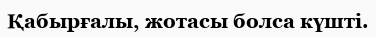
Қабырғалы, жотасы болса күшті.